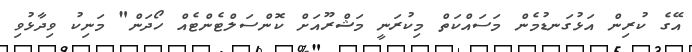
އޭގެ ކުރިން އަޅުގަނޑުމެން މަސައްކަތް މިކުރަނީ މަޝްރޫއަށް ކޮންސަލްޓެންޓެއް ހޯދަން" މަނިކު ވިދާޅުވި